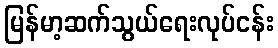
မြန်မာ့ဆက်သွယ်ရေးလုပ်ငန်း